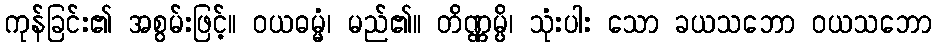
ကုန်ခြင်း၏ အစွမ်းဖြင့်။ ဝယဓမ္မံ၊ မည်၏။ တိဏ္ဏမ္ပိ၊ သုံးပါး သော ခယသဘော ဝယသဘော